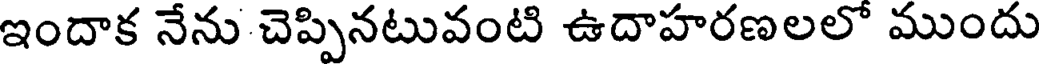
ఇందాక నేను చెప్పినటువంటి ఉదాహరణలలో ముందు